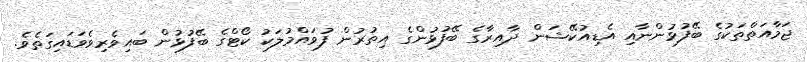
ޖަމާއަތްތަކުގެ ބޭފުޅުންނާއި އެޑިއުކޭޝަން ދާއިރާގެ ބޭފުޅުންގެ އިތުރުން ފުވައްމުލަކު ކޯޓްގެ ބޭފުޅުން ބައިވެރިވެވަޑައިގަތެވެ.